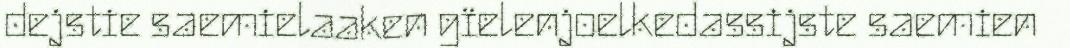
dejstie saemielaaken gïelenjoelkedassijste saemien